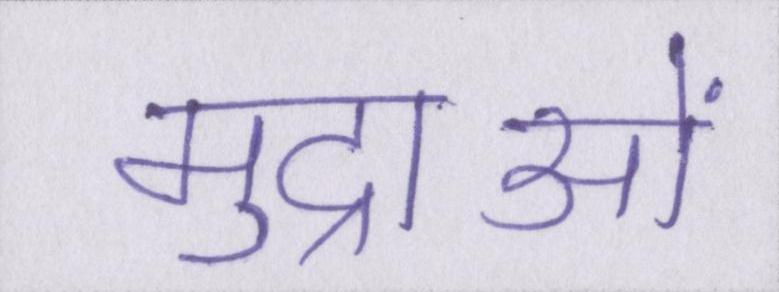
मुद्राओं